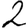
Digit: 2